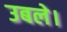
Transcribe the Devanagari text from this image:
उबले।